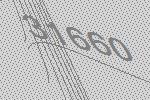
31660